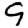
Digit: 9